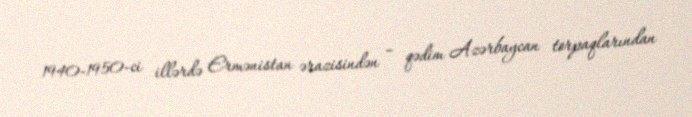
1940-1950-ci illərdə Ermənistan ərazisindən – qədim Azərbaycan torpaqlarından